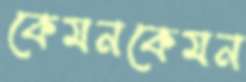
কেমনকেমন